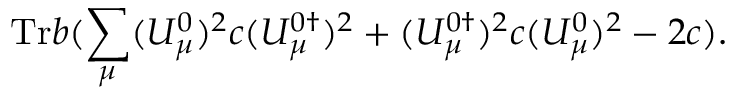
\mathrm { T r } b ( \sum _ { \mu } ( U _ { \mu } ^ { 0 } ) ^ { 2 } c ( U _ { \mu } ^ { 0 \dagger } ) ^ { 2 } + ( U _ { \mu } ^ { 0 \dagger } ) ^ { 2 } c ( U _ { \mu } ^ { 0 } ) ^ { 2 } - 2 c ) .